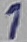
Text: 1